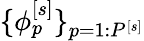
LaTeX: \lbrace\phi_{p}^{\left[s\right]}\rbrace_{p=1:P^{\left[s\right]}}